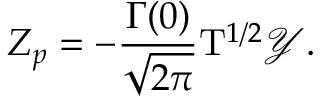
{ Z _ { p } } = - { \frac { \Gamma ( 0 ) } { \sqrt { 2 \pi } } } { { \mathrm { T } } ^ { 1 / 2 } } \mathcal { Y } .